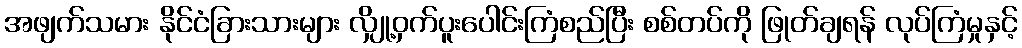
အဖျက်သမား နိုင်ငံခြားသားများ လျှို့ဝှက်ပူးပေါင်းကြံစည်ပြီး စစ်တပ်ကို ဖြုတ်ချရန် လုပ်ကြံမှုနှင့်